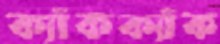
ক্যাঁকক্যাঁক